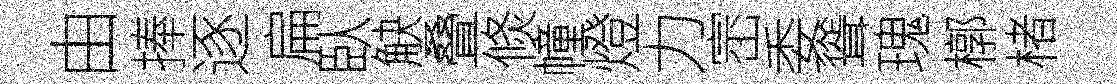
由捧逐扁臥觖叠倐幢燈力崈委聳瑰槨楮